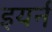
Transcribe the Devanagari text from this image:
इयर्न